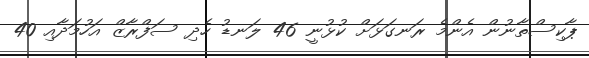
ޕާކިސްތާނުން އެންމެ ރަނގަޅަށް ކުޅުނީ 46 ލަނޑު ހެދި ސަފްރާޒް އަހުމަދާއި 40